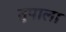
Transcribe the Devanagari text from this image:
तुपाला